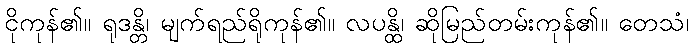
ငိုကုန်၏။ ရုဒန္တိ၊ မျက်ရည်ရိုကုန်၏။ လပန္ထိ၊ ဆိုမြည်တမ်းကုန်၏။ တေသံ၊